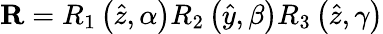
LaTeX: \mathbf{R}=R_{1}\left({\hat{z}},\alpha\right)R_{2}\left({\hat{y}},\beta\right)R_{3}\left({\hat{z}},\gamma\right)